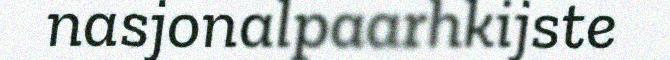
nasjonalpaarhkijste